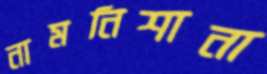
নামনিশানা